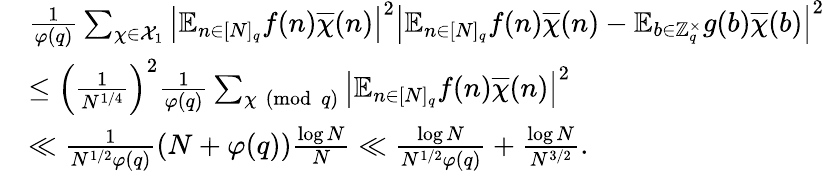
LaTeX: \begin{array}{r}{\begin{array}{rl}&{\frac{1}{\varphi(q)}\sum_{\chi\in\mathcal{X}_{1}}\left|\mathbb{E}_{n\in[N]_{q}}f(n)\overline{{\chi}}(n)\right|^{2}\left|\mathbb{E}_{n\in[N]_{q}}f(n)\overline{{\chi}}(n)-\mathbb{E}_{b\in\mathbb{Z}_{q}^{\times}}g(b)\overline{{\chi}}(b)\right|^{2}}\\ &{\leq\left(\frac{1}{N^{1/4}}\right)^{2}\frac{1}{\varphi(q)}\sum_{\chi\pmod{q}}\left|\mathbb{E}_{n\in[N]_{q}}f(n)\overline{{\chi}}(n)\right|^{2}}\\ &{\ll\frac{1}{N^{1/2}\varphi(q)}(N+\varphi(q))\frac{\log N}{N}\ll\frac{\log N}{N^{1/2}\varphi(q)}+\frac{\log N}{N^{3/2}}.}\end{array}}\end{array}